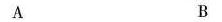
A B